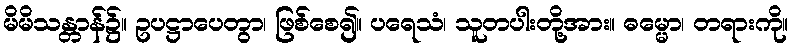
မိမိသန္တာန်၌။ ဥပဋ္ဌာပေတွာ၊ ဖြစ်စေ၍။ ပရေသံ၊ သူတပါးတို့အား။ ဓမ္မော၊ တရားကို။